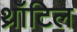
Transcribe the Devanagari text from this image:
थ्रॉटिल